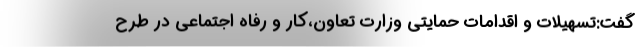
گفت:تسهیلات و اقدامات حمایتی وزارت تعاون،کار و رفاه اجتماعی در طرح